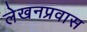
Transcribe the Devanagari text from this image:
लेखनप्रवास